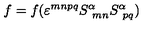
f = f ( \varepsilon ^ { m n p q } S _ { \ m n } ^ { \alpha } S _ { \ p q } ^ { \alpha } )